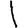
Digit: 1